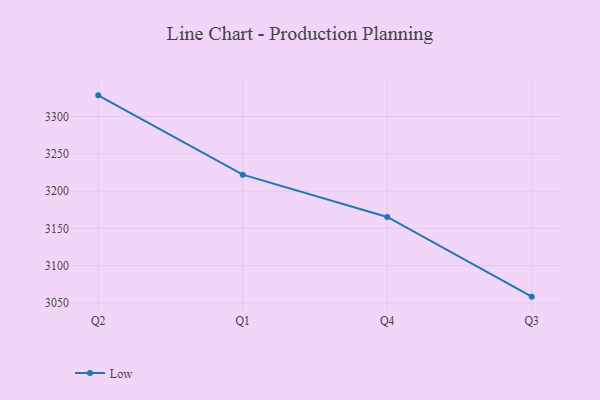
{"axis": {"x": "Quarter", "y": "Shipments"}, "legend": ["Low"], "data": [{"x": "Q2", "y": 3328.4, "type": "Low"}, {"x": "Q1", "y": 3222.1, "type": "Low"}, {"x": "Q4", "y": 3165.4, "type": "Low"}, {"x": "Q3", "y": 3058.5, "type": "Low"}]}